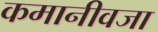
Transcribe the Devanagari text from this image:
कमानीवजा